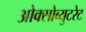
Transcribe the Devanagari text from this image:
ओक्सोब्युटरेट